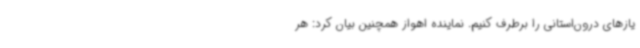
یازهای درون‌استانی را برطرف کنیم. نماینده اهواز همچنین بیان کرد: هر